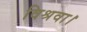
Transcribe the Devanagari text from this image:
विश्रवा।